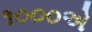
૧૦૦૦એ